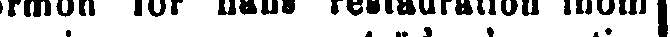
formon för hans restauration inom